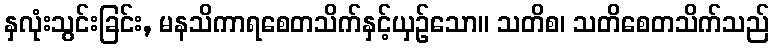
နှလုံးသွင်းခြင်း, မနသိကာရစေတသိက်နှင့်ယှဉ်သော။ သတိစ၊ သတိစေတသိက်သည်